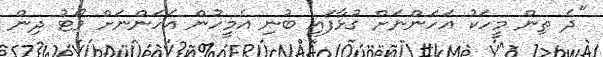
"ދެ ތިން މީހަކު އަހަންނަށް ގުޅާފައި ބުނި އެމީހުން އަހަންނަށް ވޯޓު ދިން